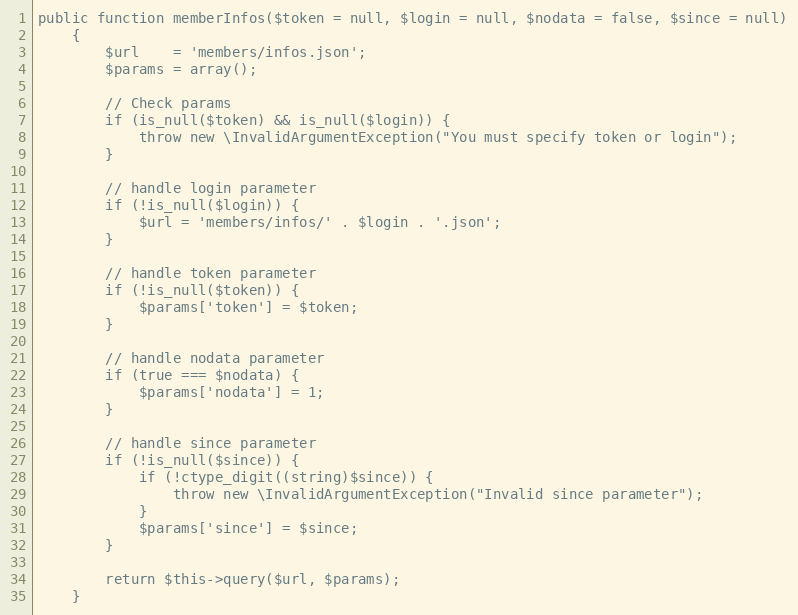
Language: PHP
public function memberInfos($token = null, $login = null, $nodata = false, $since = null)
    {
        $url    = 'members/infos.json';
        $params = array();

        // Check params
        if (is_null($token) && is_null($login)) {
            throw new \InvalidArgumentException("You must specify token or login");
        }

        // handle login parameter
        if (!is_null($login)) {
            $url = 'members/infos/' . $login . '.json';
        }

        // handle token parameter
        if (!is_null($token)) {
            $params['token'] = $token;
        }

        // handle nodata parameter
        if (true === $nodata) {
            $params['nodata'] = 1;
        }

        // handle since parameter
        if (!is_null($since)) {
            if (!ctype_digit((string)$since)) {
                throw new \InvalidArgumentException("Invalid since parameter");
            }
            $params['since'] = $since;
        }

        return $this->query($url, $params);
    }